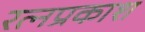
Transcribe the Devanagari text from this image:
रत्नप्रकाश